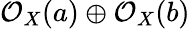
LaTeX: {\mathcal{O}}_{X}(a)\oplus{\mathcal{O}}_{X}(b)